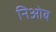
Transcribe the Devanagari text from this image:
निओब